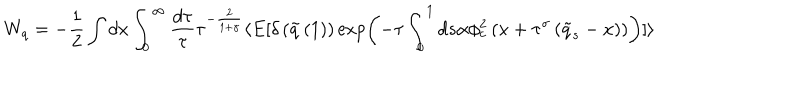
W _ { q } = - \frac { 1 } { 2 } \int d x \int _ { 0 } ^ { \infty } \frac { d \tau } { \tau } \tau ^ { - \frac { 2 } { 1 + \gamma } } \langle E [ \delta \left( \tilde { q } \left( 1 \right) \right) \exp \left( - \tau \int _ { 0 } ^ { 1 } d s \alpha \phi _ { c } ^ { 2 } \left( x + \tau ^ { \sigma } \left( \tilde { q } _ { s } - x \right) \right) \right) ] \rangle